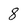
Character: 8